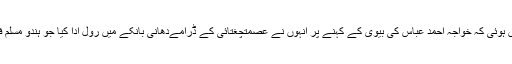
اپٹا میں ان کی شروعات یوں ہوئی کہ خواجہ احمد عباس کی بیوی کے کہنے پر انہوں نے عصمتچغتائی کے ڈرامےدھانی بانکے میں رول ادا کیا جو ہندو مسلم فساد کے پس منظر میں تھا۔